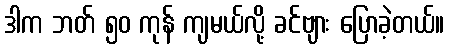
ဒါက ဘတ် ၅၀ ကုန် ကျမယ်လို့ ခင်ဗျား ပြောခဲ့တယ်။